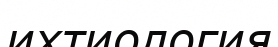
ихтиология